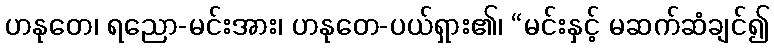
ဟနုတေ၊ ရညော-မင်းအား၊ ဟနုတေ-ပယ်ရှား၏၊ “မင်းနှင့် မဆက်ဆံချင်၍